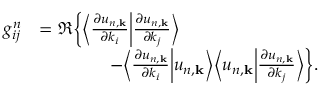
\begin{array} { r l } { g _ { i j } ^ { n } } & { = \Re \bigg \{ \bigg \langle \frac { \partial u _ { n , \mathbf { k } } } { \partial k _ { i } } \bigg | \frac { \partial u _ { n , \mathbf { k } } } { \partial k _ { j } } \bigg \rangle } \\ & { \qquad \qquad - \bigg \langle \frac { \partial u _ { n , \mathbf { k } } } { \partial k _ { i } } \bigg | u _ { n , \mathbf { k } } \bigg \rangle \bigg \langle u _ { n , \mathbf { k } } \bigg | \frac { \partial u _ { n , \mathbf { k } } } { \partial k _ { j } } \bigg \rangle \bigg \} . } \end{array}